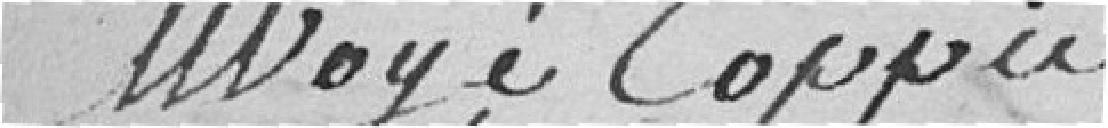
Envoyé coppie